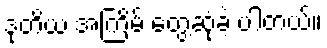
ဒုတိယ အကြိမ် တွေ့ဆုံခဲ့ ပါတယ်။